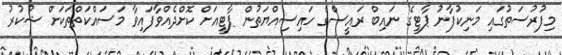
މިފުރުސަތުގައި މަނިކުފާނު ޕާޓީގެ ނައިބް ރައީސްގެ ހައިސިއްޔަތުން ޕާޓީއަށް ކޮށްދެއްވާފައިވާ މަސައްކަތްތަކަށް ޝުކުރު